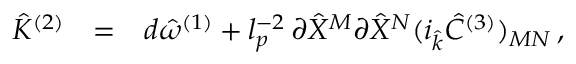
\begin{array} { r c l } { { { \hat { \cal K } } ^ { ( 2 ) } } } & { { = } } & { { d { \hat { \omega } } ^ { ( 1 ) } + l _ { p } ^ { - 2 } \, \partial { \hat { X } } ^ { M } \partial { \hat { X } } ^ { N } ( i _ { \hat { k } } { \hat { C } } ^ { ( 3 ) } ) _ { M N } \, , } } \end{array}